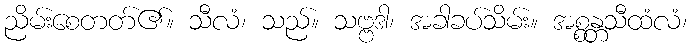
ညိမ်းစေတတ်၏။ သီလံ၊ သည်။ သဗ္ဗဒါ၊ အခါခပ်သိမ်း။ အစ္စန္တသီထံလံ၊